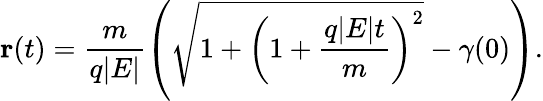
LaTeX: \mathbf{r}(t)=\frac{m}{q|E|}\left(\sqrt{1+\left(1+\frac{q|E|t}{m}\right)^{2}}-\gamma(0)\right).